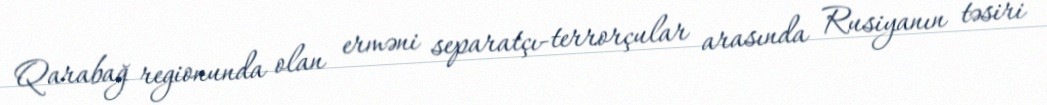
Qarabağ regionunda olan erməni separatçı-terrorçular arasında Rusiyanın təsiri